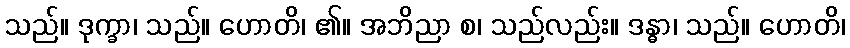
သည်။ ဒုက္ခာ၊ သည်။ ဟောတိ၊ ၏။ အဘိညာ စ၊ သည်လည်း။ ဒန္ဓာ၊ သည်။ ဟောတိ၊